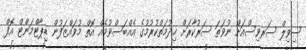
ސިވިލް ސަރވިސްއަށް ނުވަތަ ސަރުކާރަށް ޚިދުމަތްކުރުމުގެ އެއްބަސްވުމެއް އޮތް މުވައްޒަފުން ޑިޕާޓްމަންޓް އޮފް